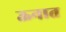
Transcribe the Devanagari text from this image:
ऊनात